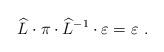
LaTeX: \begin{align*}\widehat{L} \cdot \pi \cdot \widehat{L}^{-1} \cdot \varepsilon =\varepsilon~.\end{align*}